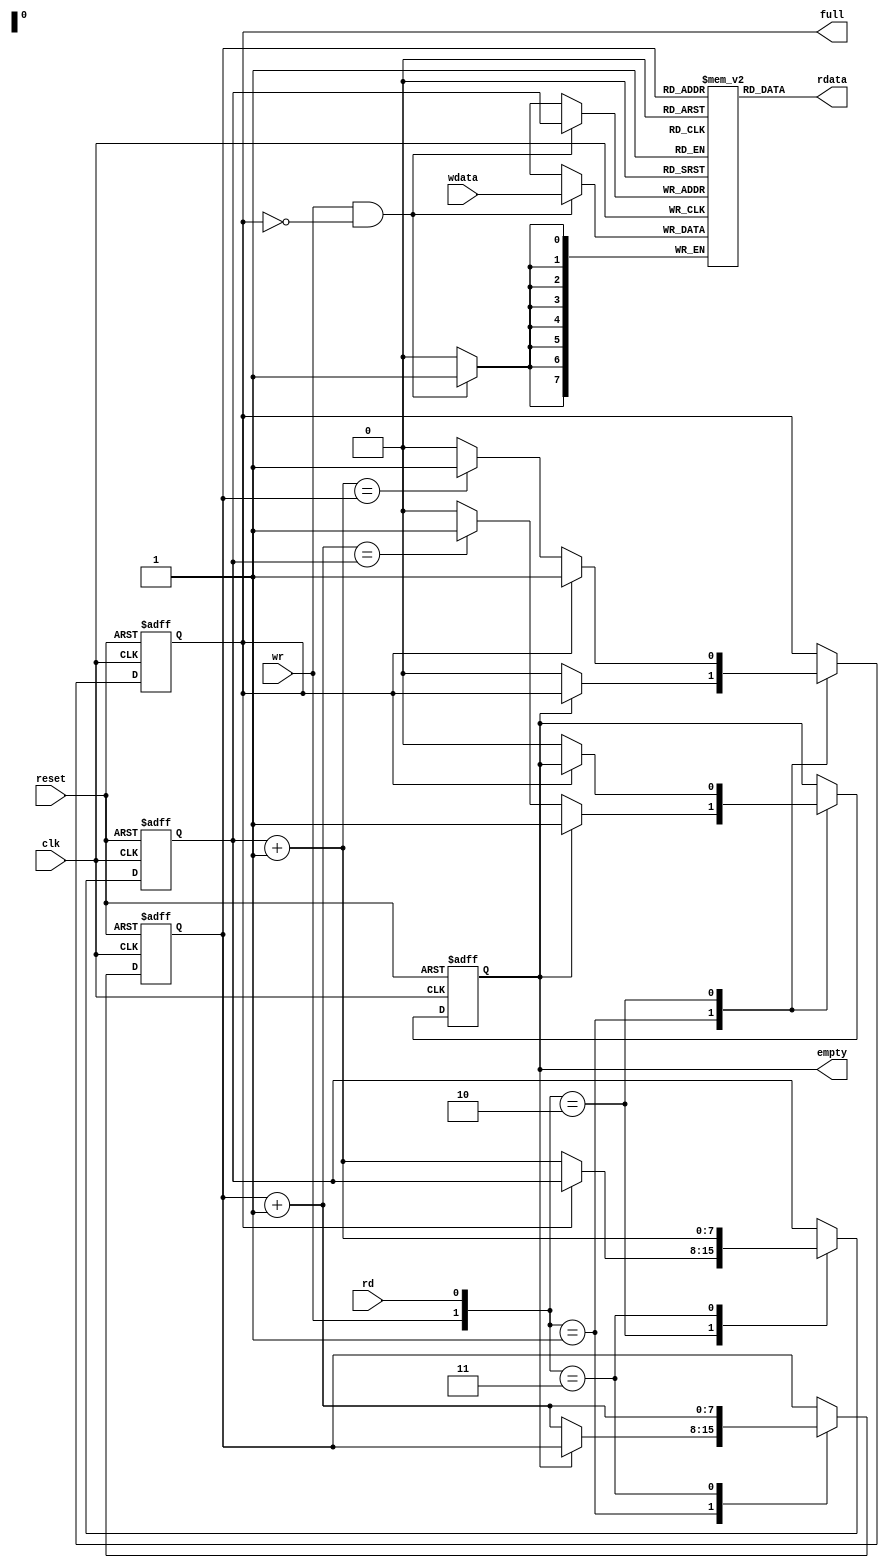

module fifo #(parameter B=8, W=8)
    (input wire clk, reset, rd, wr,
    input wire [B-1:0] wdata,
    output wire empty, full,
    output wire [B-1:0] rdata);

    reg [B-1:0] array [2**W-1:0];
    reg [W-1:0] wcurr, wnext, wsucc;
    reg [W-1:0] rcurr, rnext, rsucc;

    reg full_reg, empty_reg, full_next, empty_next;
    wire wen;

    always @(posedge clk)
        if (wen) array[wcurr] <= wdata;

    assign rdata = array[rcurr];
    assign wen = wr & ~full_reg;

    always @(posedge clk, posedge reset)
        if (reset) begin
            wcurr <= 0;
            rcurr <= 0;
            full_reg <= 1'b0;
            empty_reg <= 1'b1;
        end
        else begin
            wcurr <= wnext;
            rcurr <= rnext;
            full_reg <= full_next;
            empty_reg <= empty_next;
        end


    always @(*) begin
        wsucc = wcurr + 1;
        rsucc = rcurr + 1;
        wnext = wcurr;
        rnext = rcurr;
        full_next = full_reg;
        empty_next = empty_reg;
        case ({wr, rd})
            2'b01:
                if (~empty_reg) begin
                    rnext = rsucc;
                    full_next = 1'b0;
                    if (rsucc == wcurr) empty_next = 1'b1;
                end
            2'b10:
                if (~full_reg) begin
                    wnext = wsucc;
                    empty_next = 1'b0;
                    if (wsucc == rcurr) full_next = 1'b1;
                end
            2'b11:
                begin
                    wnext = wsucc;
                    rnext = rsucc;
                end
        endcase
    end

    assign full = full_reg;
    assign empty = empty_reg;
endmodule